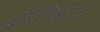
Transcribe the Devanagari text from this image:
बौदौआर्ड